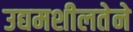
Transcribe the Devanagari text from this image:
उद्यमशीलतेने